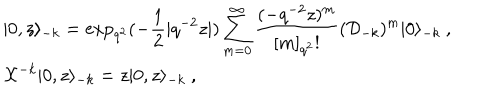
\begin{array} { l } { { \vert 0 , z \rangle _ { - k } = \displaystyle \exp _ { q ^ { 2 } } ( - \frac { 1 } { 2 } | q ^ { - 2 } z | ) \sum _ { m = 0 } ^ { \infty } \frac { ( - q ^ { - 2 } z ) ^ { m } } { [ m ] _ { q ^ { 2 } } ! } ( { \cal D } _ { - k } ) ^ { m } \vert 0 \rangle _ { - k } ~ , } } \\ { { { \cal X } ^ { - k } \vert 0 , z \rangle _ { - k } = z \vert 0 , z \rangle _ { - k } ~ , } } \\ \end{array}